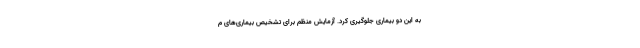
به این دو بیماری جلوگیری کرد. آزمایش منظم برای تشخیص بیماری‌های م